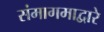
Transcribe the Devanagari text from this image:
संमागमाद्वारे